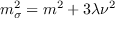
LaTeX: m _ { \sigma } ^ { 2 } = m ^ { 2 } + 3 \lambda \nu ^ { 2 }